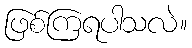
ဖြစ်ကြရပါသလဲ။